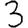
Digit: 3